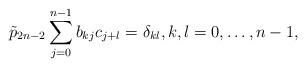
LaTeX: \begin{align*}\tilde{p}_{2n-2}\sum_{j=0}^{n-1}{b}_{kj}{c}_{j+l} =\delta_{kl}, k,l=0,\dots, n-1,\end{align*}